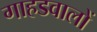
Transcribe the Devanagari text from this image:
गाहडवालों